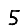
Digit: 5